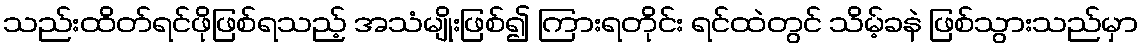
သည်းထိတ်ရင်ဖိုဖြစ်ရသည့် အသံမျိုးဖြစ်၍ ကြားရတိုင်း ရင်ထဲတွင် သိမ့်ခနဲ ဖြစ်သွားသည်မှာ